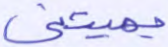
يميتني